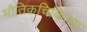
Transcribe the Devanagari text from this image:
भौतिकचिकित्सा